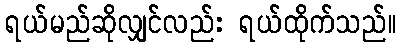
ရယ်မည်ဆိုလျှင်လည်း ရယ်ထိုက်သည်။